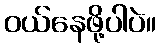
ဝယ်နေဖို့ပါပဲ။